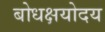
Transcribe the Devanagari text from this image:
बोधक्षयोदय